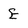
Character: E